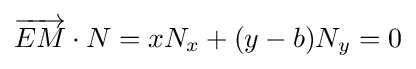
{\overrightarrow {EM}}\cdot N=xN_{x}+(y-b)N_{y}=0